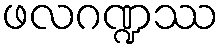
ဖလဂဏ္ဍဿ